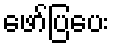
ဖော်ပြပေး